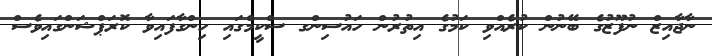
ނާޖާއިޒް ނުފޫޒުގެ ބޭނުން ކުރެއްވި ކަމުގެ އިތުރުން ހައުސިންގ ސްކީމްގައި ހިންގާފައިވާ ކޮރަޕްޝަންގައިވެސް